Punjab Mental Hospital Lahore 1922-31 - 1922-1931
Year: 1922
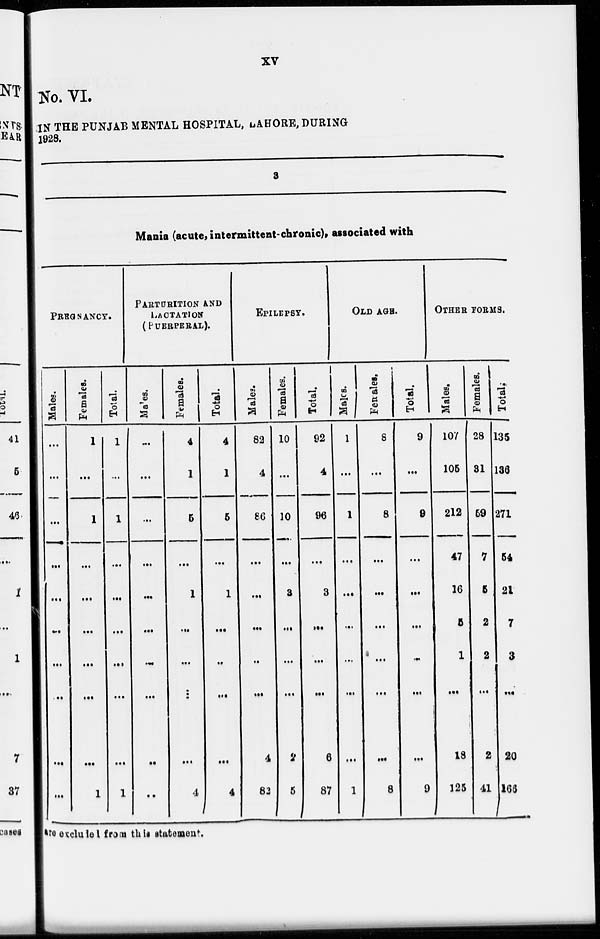
XV
No. VI.
IN THE PUNJAB MENTAL HOSPITAL, LAHORE, DURING
1928.
3
Mania (acute, intermittent-chronic), associated with
PREGNANCY.
Males.
...
...
...
...
...
...
...
...
...
...
Females.
1
...
1
...
...
...
...
...
...
1
Total.
1
...
1
...
...
...
...
...
...
1
PARTURITION AND
LACTATION
(PUERPERAL).
Males.
...
...
...
...
...
...
...
...
...
...
Females.
4
1
5
...
1
...
...
...
...
4
Total.
4
1
5
...
1
...
...
...
...
4
EPILEPSY.
Males.
82
4
86
...
...
...
...
...
4
83
Females.
10
...
10
...
3
...
...
...
2
5
Total.
92
4
96
...
3
...
...
...
6
87
OLD AGE.
Males.
1
...
1
...
...
...
...
...
...
1
Females.
8
...
8
...
...
...
...
...
...
8
Total.
9
...
9
...
...
...
...
...
...
9
OTHER FORMS.
Males.
107
105
212
47
16
5
1
...
18
125
Females.
28
31
59
7
5
2
2
...
2
41
Total.
135
136
271
54
21
7
3
...
20
166
are excluded from this statement.